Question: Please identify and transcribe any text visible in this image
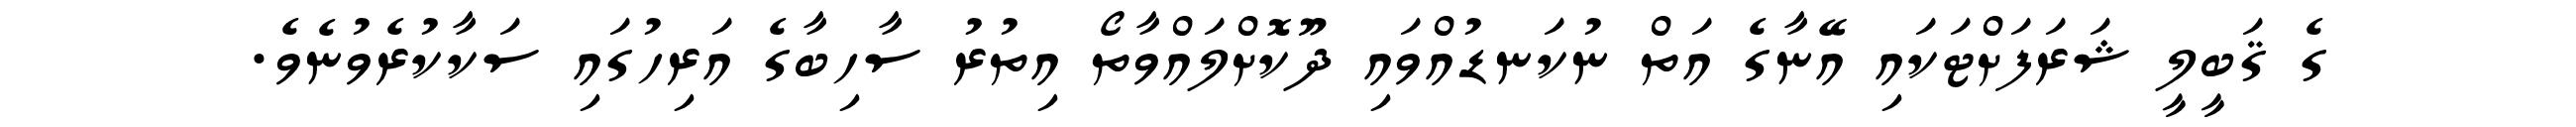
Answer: ގެ ޤަބީލީ ޝަރަފަށްޓަކައި އޭނާގެ އަތް ނުކަނޑުއްވައި ދޫކޮށްލައްވާތޯ އިތުރު ސާހިބާގެ އަރިހުގައި ސަކާކުރެވުނެވެ.